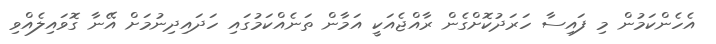
އެހެންކަމުން މި ފައިސާ ހަރަދުކޮށްގެން ރާއްޖެއަކީ އަމާން ތަނެއްކަމުގައި ހަދައިދިނުމަށް އޭނާ ގޮވައިލެއްވި